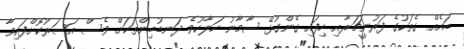
ބައެއް ގެތަކުގެ ފަރުނީޗަރާއި ހިފައި ގެންގުޅޭ ސާމާނު ހަލާކުވެ ދަނޑުބިންތަކަށް ވެސް އަސަރުކޮށްފައިވާ